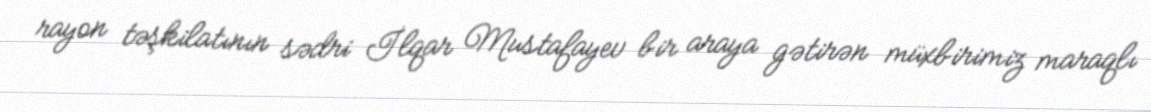
rayon təşkilatının sədri İlqar Mustafayev bir araya gətirən müxbirimiz maraqlı